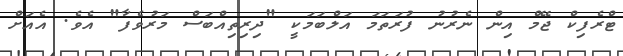
ޓްރެފިކް ޖޭމް އިން ނެރުނު ފުރަތަމަ އަލްބަމަކީ "ދިރިތިއްބަސް މަރުވެފާ" އެވެ. އެއަށް